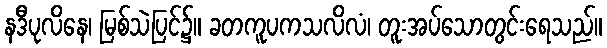
နဒီပုလိနေ၊ မြစ်သဲပြင်၌။ ခတကူပကသလိလံ၊ တူးအပ်သောတွင်းရေသည်။